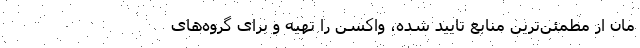
مان از مطمئن‌‌ترین منابع تایید شده، واکسن را تهیه و برای گروه‌‌های